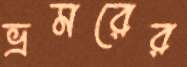
ভ্রমরের